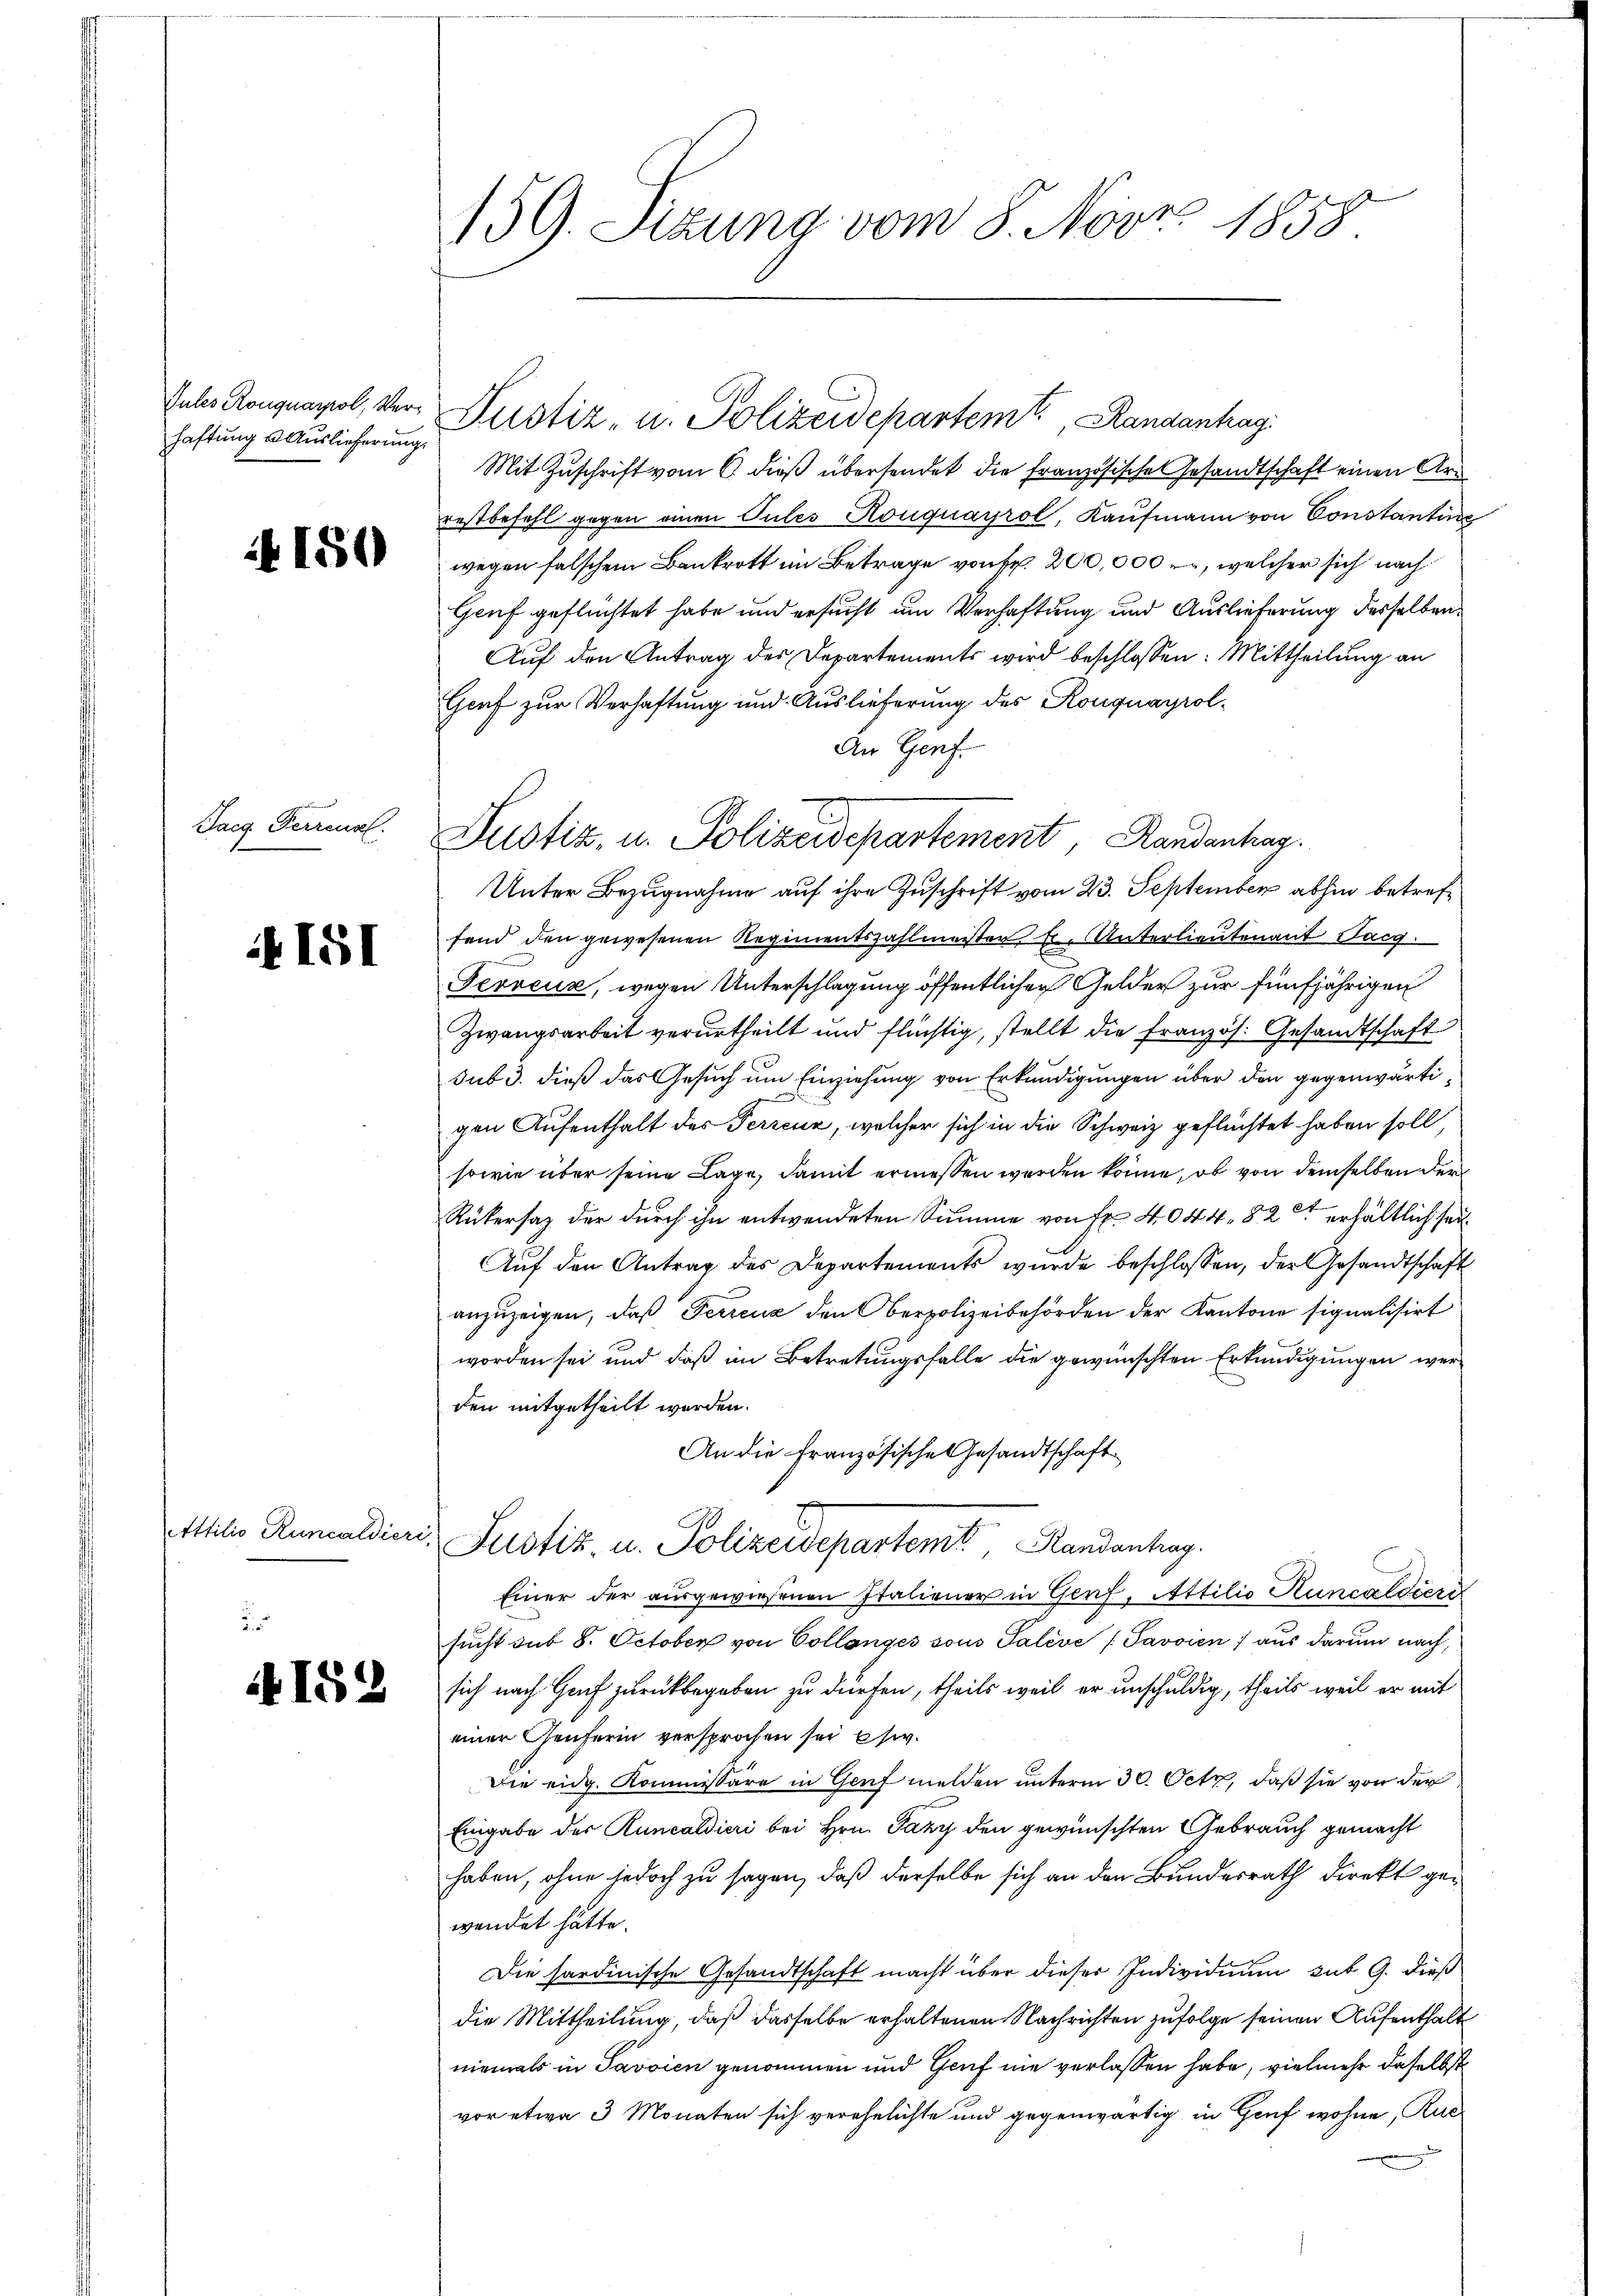
Jules Rouquayrol, Verhaftung Auslieferung.

4150

Tacg. Ferrens.

it 151

Attilio Runcaldiere

it 152

159. Sizung vom 8. Nov. 1858

Mit Zuschrift vom 6. dieß übersendet die Französische Gesandtschaft einen Arrestbefehl gegen einen Pules Kouquayrol, Kaufmann von Constanting
wegen falschem Bankrott im Betrage von sr. 200,000, welcher sich nach
Genf geflüchtet habe und ersucht um Verhaftung und Auslieferung desselben
Auf den Antrag des Departements wird beschlossen: Mittheilung an
Graf zur Verhaftung und Auslieferung des Rouquayrol¬
An Genf.
Unter Bezugnahme auf ihre Zuschrift vom 23. September abhin betreffend den gewesenen Regimentszahlmeister Er, Unterlieutenant Sarg.
Gevreux, wegen Unterschlagung öffentlichen Gelder zur fünfjährigen
Zwangsarbeit verurtheilt und flüchtig, stellt die französ. Gesandtschaft
sub 3. dieß das Gesuch um Einziehung von Erkundigungen über den gegenwärtigen Aufenthalt des Perrenz, welcher sich in die Schweiz geflüchtet haben soll
sowie über seine Lage, damit ermessen werden könne, ob von demselben der
Rükersag der durch ihn entwendeten Summe von Fr. 4044. 82 erhältlich sei¬
Auf den Antrag des Departements wurde beschlossen, der Gesandtschaft
anzuzeigen, daß Perrenz den berpolizeibehörden der Kantone signalisirt
worden sei und daß im Betretungsfalle die gewünschten Erkundigungen werd
den mitgetheilt werden.
An die Französische Gesandtschaft
Justiz, u. Polizeidepartem Randantrag.
Einer der ausgewiesenen Italiener in Genf, Attilio Huncaldieri
sucht sub 8. October von Collanges sous Palève / Savoien) aus darum nach,
sich nach Genf zurückbegeben zu dürfen, theils weil er unschuldig, theils weil er mit
einer Genferin versprochen sei esw.
Die eidg. Kommissäre in Genf melden unterm 30. Octz, daß sie von der
Eingabe des Runcaldieri bei Hrn. Jany den gewünschten Gebrauch gemacht
haben, ohne jedoch zu sagen, daß derselbe sich an den Bundesrath direkt gewendet hätte.
Die hardinische Gesandtschaft macht über dieser Individuum sub 9. dieß
die Mittheilung, daß dasselbe erhaltenen Nachrichten zufolge seinen Aufenthalt
niemals in Savoien genommen und Genf nie verlassen habe, vielmehr daselbst
vor etwa 3 Monaten sich verehelichte und gegenwärtig in Genf wohne, Ruc

Justiz- u. Polizeidepartemt. Randanhag

Justiz, u. Polizeidepartement, Randanhar